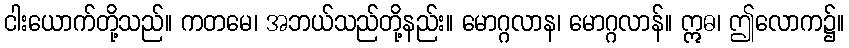
ငါးယောက်တို့သည်။ ကတမေ၊ အဘယ်သည်တို့နည်း။ မောဂ္ဂလာန၊ မောဂ္ဂလာန်။ ဣဓ၊ ဤလောက၌။